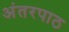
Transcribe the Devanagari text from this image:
अंतरपाठ